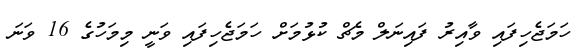
ހަމަޖެހިފައި ވާއިރު ފައިނަލް މެޗް ކުޅުމަށް ހަމަޖެހިފައި ވަނީ މިމަހުގެ 16 ވަނަ